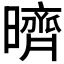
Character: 𣋠